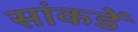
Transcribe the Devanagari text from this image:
सांकडें